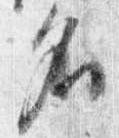
名